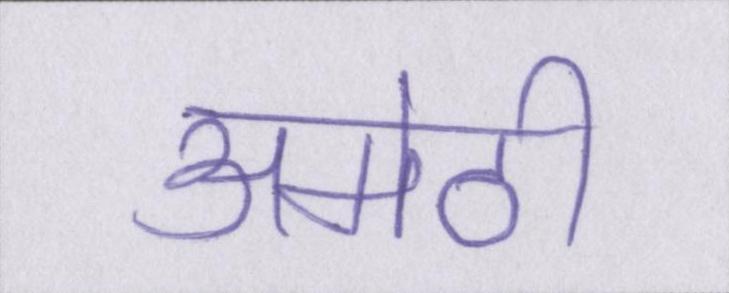
अमेठी